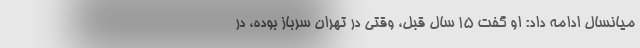
میانسال ادامه داد: او گفت 15 سال قبل، وقتی در تهران سرباز بوده، در